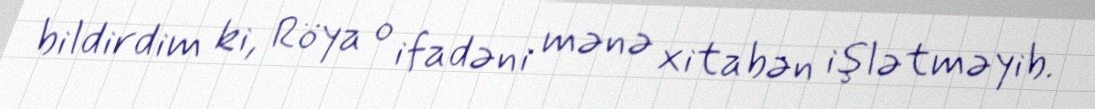
bildirdim ki, Röya o ifadəni mənə xitabən işlətməyib.